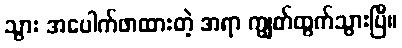
သွား အပေါက်ဖာထားတဲ့ အရာ ကျွတ်ထွက်သွားပြီ။